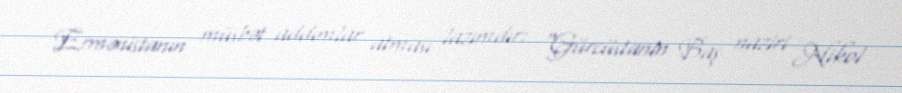
Ermənistanın müsbət addımlar atması lazımdır: “Gürcüstanln Baş naziri Nikol